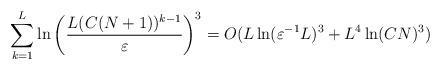
LaTeX: \begin{align*} \sum_{k=1}^L \ln\left(\frac{L(C(N+1))^{k-1}}{\varepsilon}\right)^3 = O(L\ln(\varepsilon^{-1}L)^3 + L^4\ln(CN)^3)\end{align*}